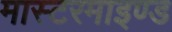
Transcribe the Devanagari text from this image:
मास्टरमाइण्ड